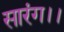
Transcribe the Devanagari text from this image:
सारंग।।